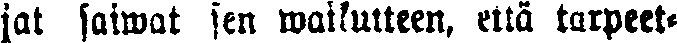
jat saiwat sen waikutteen, että tarpeet-